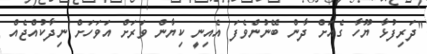
"ދަރިފުޅާ ޔޫހާ ގެއަށް ދާން ބޭނުންވެފަ އެއިނީ ކިޔާން ވަރަށް އަވަހަށް ނިދާކުއްޖެއް